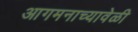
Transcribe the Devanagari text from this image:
आगमनाच्यावेळी